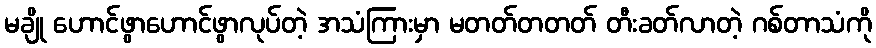
မချို ဟောင်ဖွာဟောင်ဖွာလုပ်တဲ့ အသံကြားမှာ မတတ်တတတ် တီးခတ်လာတဲ့ ဂစ်တာသံကို